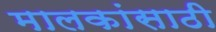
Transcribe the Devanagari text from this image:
मालकांसाठी